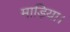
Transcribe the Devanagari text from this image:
माड़िया।